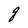
Character: g